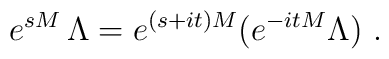
e^{sM}\,\Lambda = e^{(s+it)M}(e^{-it M}\Lambda)\ .